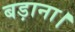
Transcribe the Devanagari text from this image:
बड़ाना।